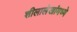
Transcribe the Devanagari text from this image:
शीलालेखांमध्ये